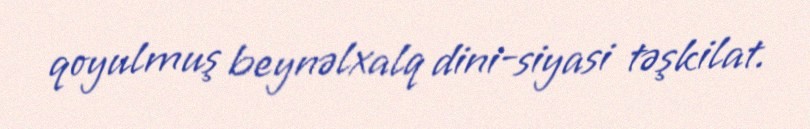
qoyulmuş beynəlxalq dini-siyasi təşkilat.